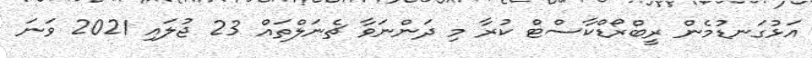
އަޅުގަނޑުމެން ރީބްރޯޑްކާސްޓް ކުރާ މި ދަންނަވާ ޗެނަލްތައް 23 ޖުލައި 2021 ވަނަ